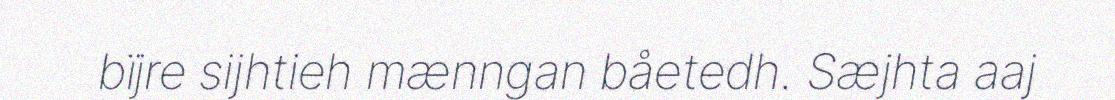
bïjre sijhtieh mænngan båetedh. Sæjhta aaj